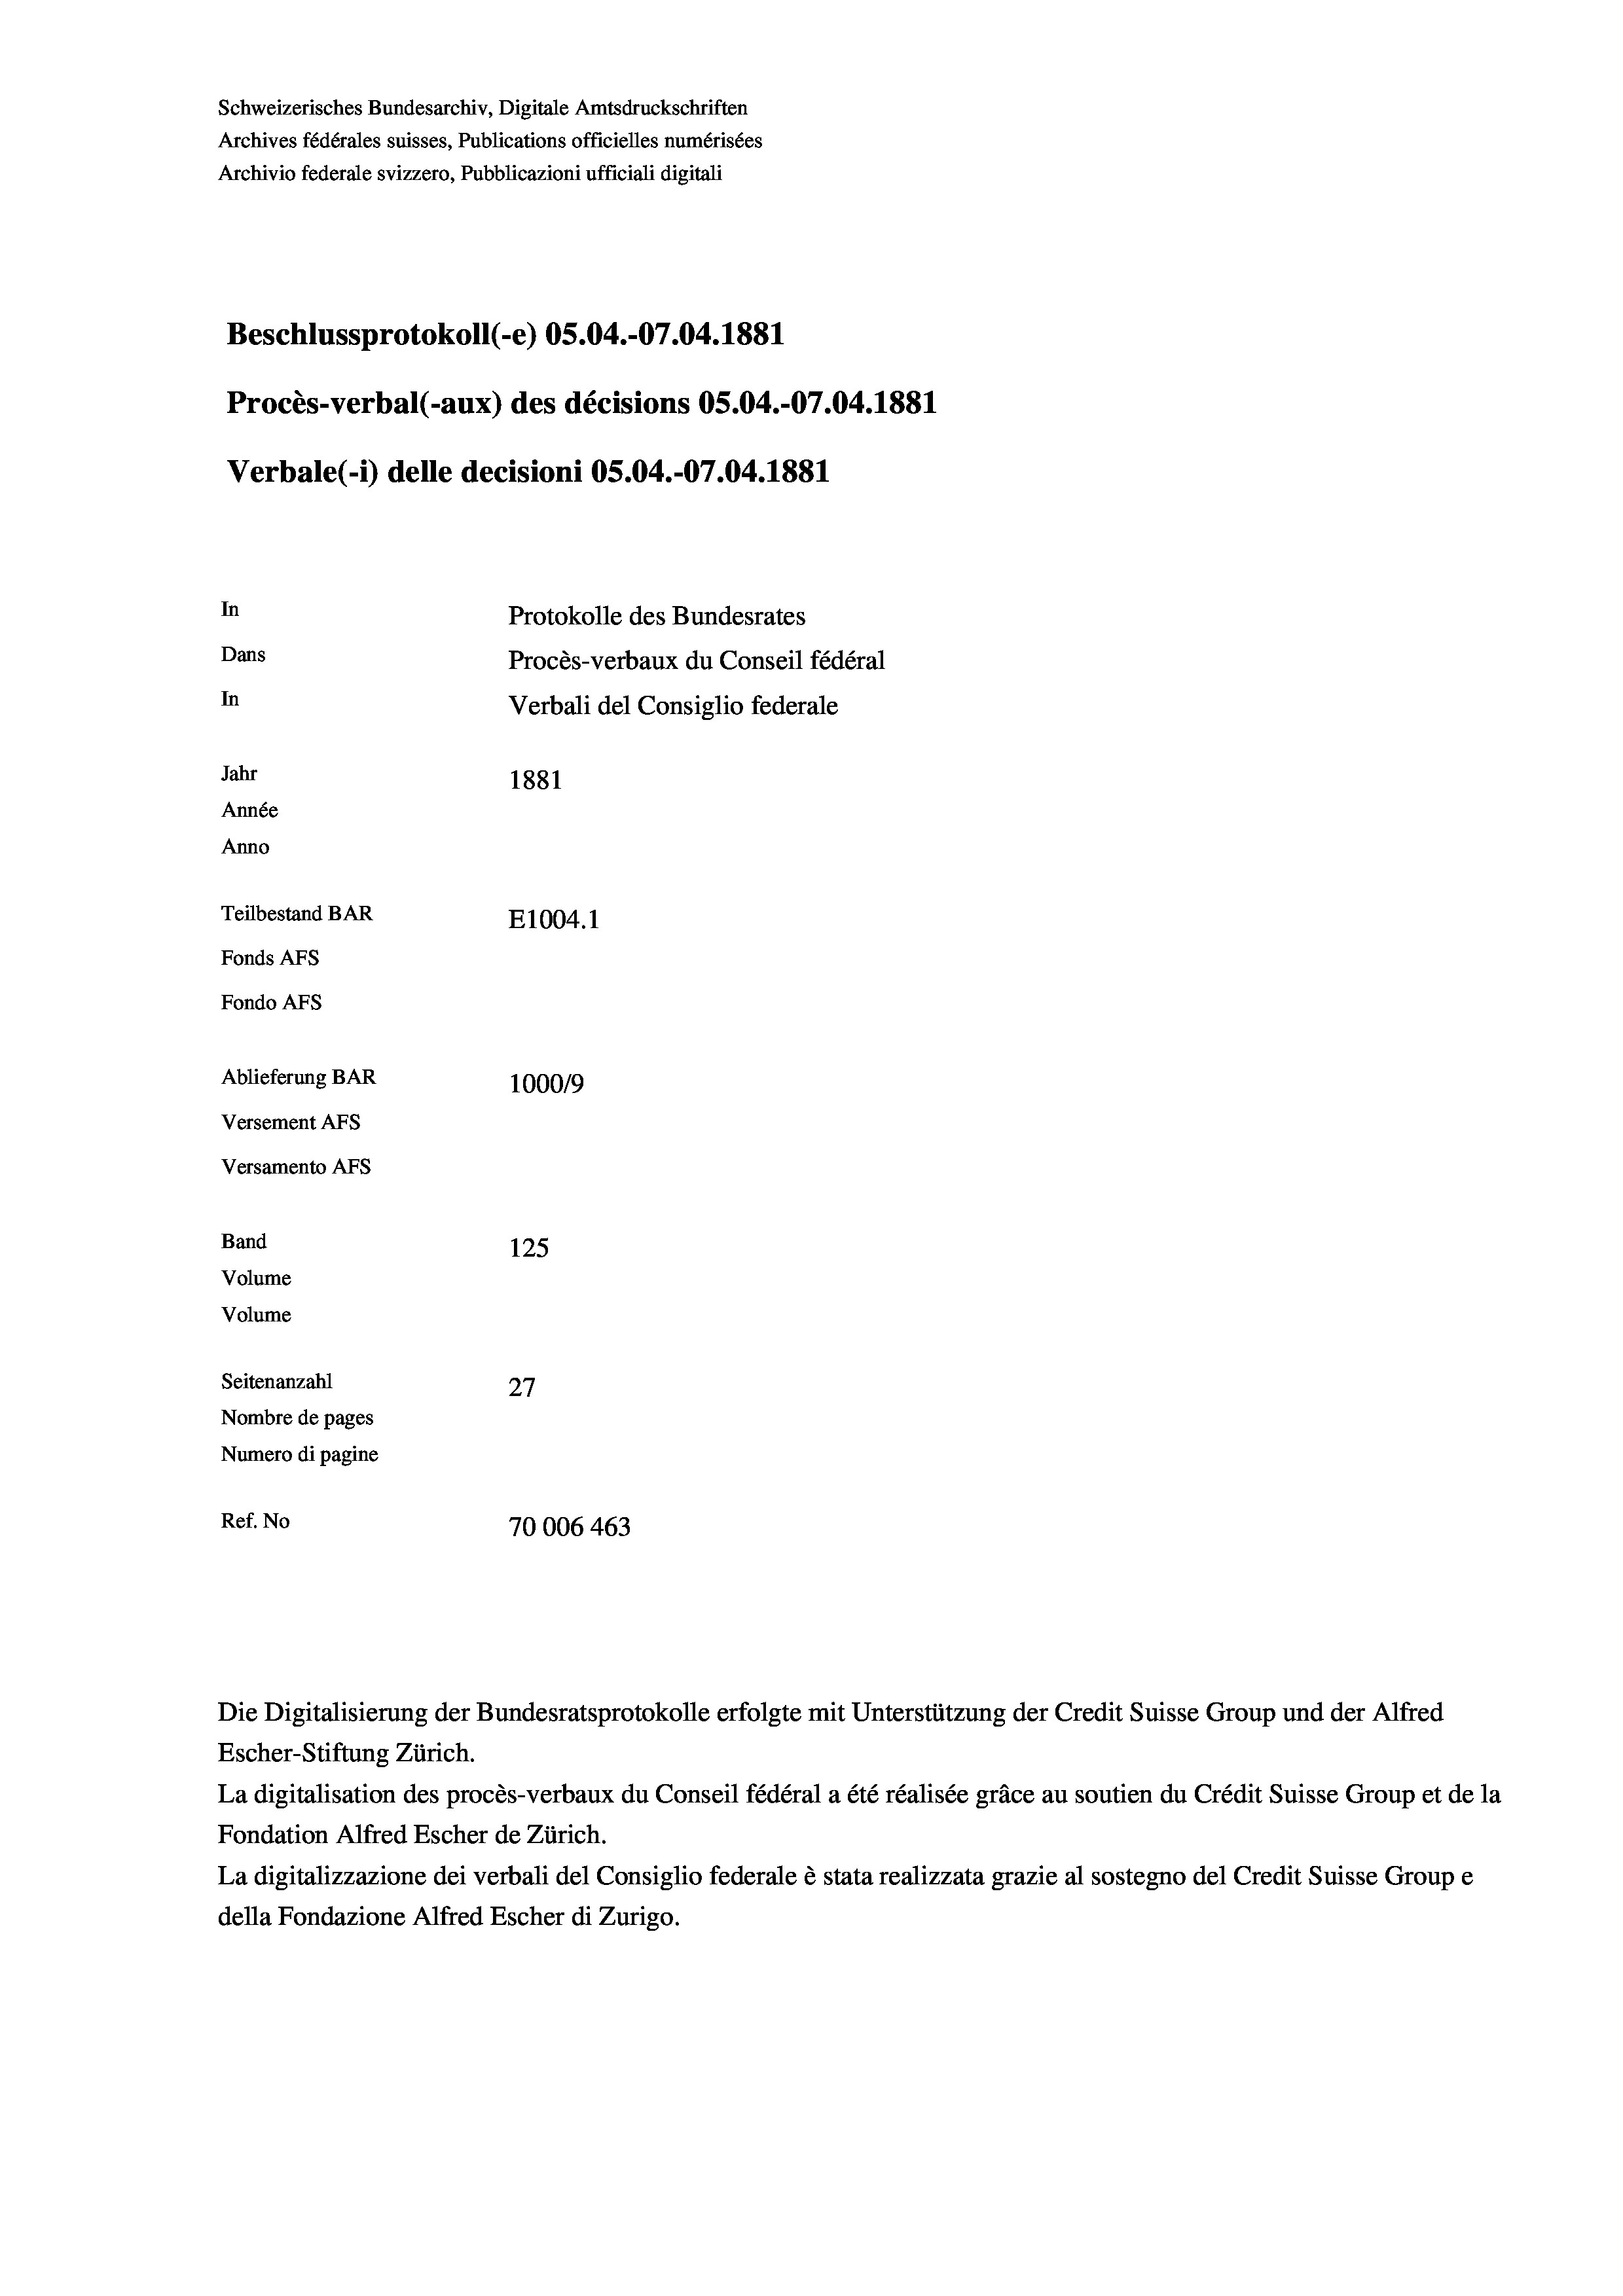
Schweizerisches Bundesarchiv, Digitale Amtsdruckschriften
Archives fédérales suisses, Publications officielles numérisées
Archivio federale svizzero, Pubblicazioni ufficiali digitali
Beschlussprotokoll (-e) OS.04.-07.04. 1881
Procès-verbal (-aux) des décisions OS.04.-07.04. 1881
Verbale (1) delle decisioni OS.04.-07.04. 1881
In
Protokolle des Bundesrates
Dans
Procès-verbaux du Conseil fédéral
In
Verbali del Consiglio federale
Jahr
1881
Année
Anno
Teilbestand BAR
E1004.1
Fonds AFs
Fondo Afs
Ablieferung BAR
10009
Versement Ans
Versamento Afs
Band
125
Volume
Volume
Seitenanzahl
27
Nombre de pages
Numero di pagine
Ref. No
70006 463

Escher-Stiftung Zürich.
La digitalisation des procès-verbaux du Conseil fédéral a été réalisée gräce au soutien du Crédit Suisse Group et de la
Fondation Alfred Escher de Zürich.
La digitalizzazione dei verbali del Consiglio federale è stata realizzata grazie al sostegno del Credit Suisse Groupe
della Fondazione Alfred Escher di Zurigo.

Die Digitalisierung der Bundesratsprotokolle erfolgte mit Unterstützung der Credit Suisse Group und der Alfred